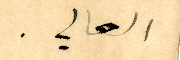
العالي.